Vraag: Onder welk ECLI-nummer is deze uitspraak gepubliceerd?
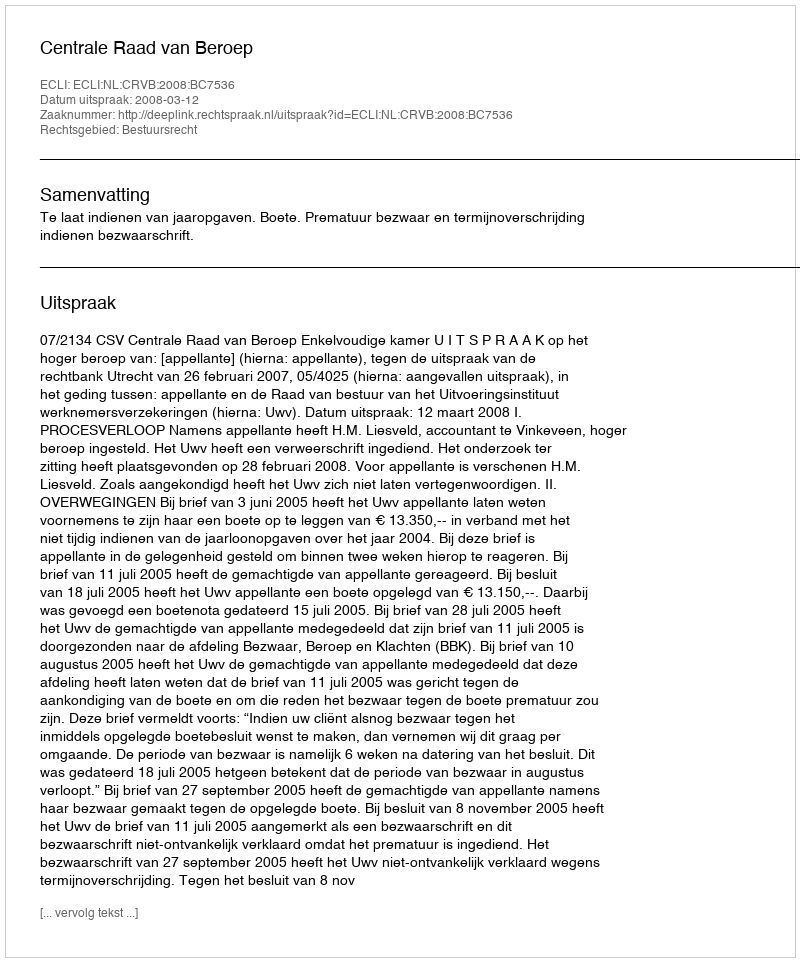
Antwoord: ECLI:NL:CRVB:2008:BC7536